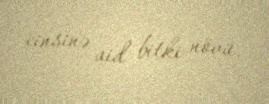
cinsinə aid bitki növü.